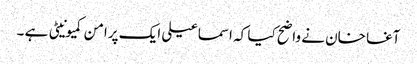
آغا خان نے واضح کیا کہ اسماعیلی ایک پرامن کمیونیٹی ہے ۔